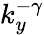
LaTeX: k_{y}^{-\gamma}